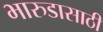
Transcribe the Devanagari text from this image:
भारुडासाठी